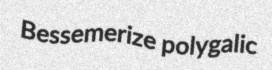
Bessemerize polygalic